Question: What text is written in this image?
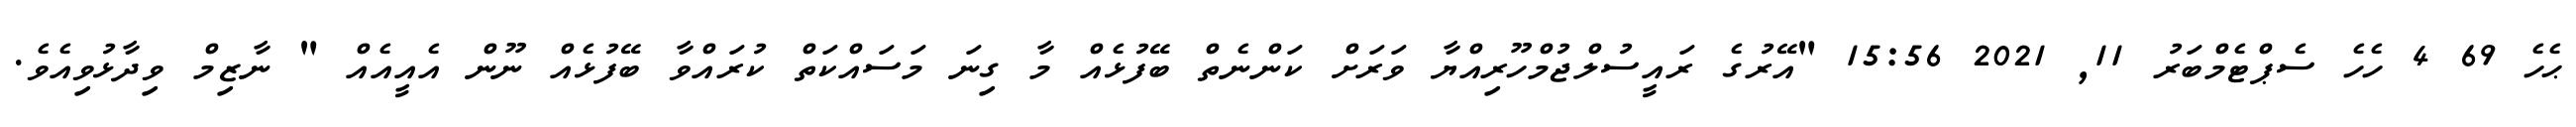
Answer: ޙެހެ 69 4 ހެހެ ސެޕްޓެމްބަރު 11, 2021 15:56 "އޭރުގެ ރައީސުލްޖުމްހޫރިއްޔާ ވަރަށް ކަންނެތް ބޭފުޅެއް މާ ގިނަ މަސައްކަތް ކުރައްވާ ބޭފުޅެއް ނޫން އެއީއެއް " ނާޒިމް ވިދާޅުވިއެވެ.